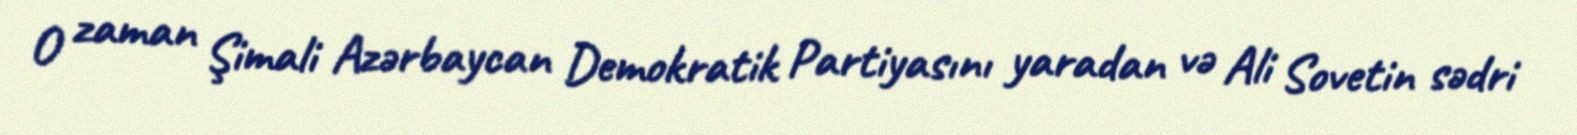
O zaman Şimali Azərbaycan Demokratik Partiyasını yaradan və Ali Sovetin sədri